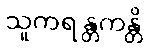
သူကရန္တကန္တိ